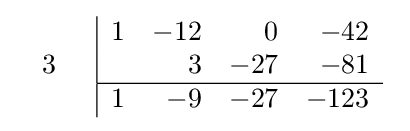
{\begin{array}{cc}{\begin{array}{c}\\3\\\\\end{array}}&{\begin{array}{|rrrr}1&-12&0&-42\\&3&-27&-81\\\hline 1&-9&-27&-123\end{array}}\end{array}}